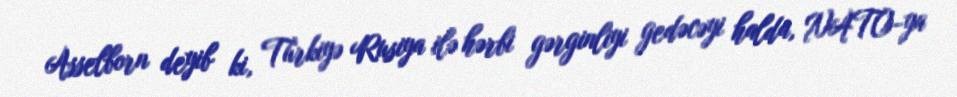
Asselborn deyib ki, Türkiyə Rusiya ilə hərbi gərginliyi gedəcəyi halda, NATO-ya